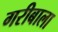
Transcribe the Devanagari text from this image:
गरीबाला